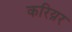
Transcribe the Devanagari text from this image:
करिय़र